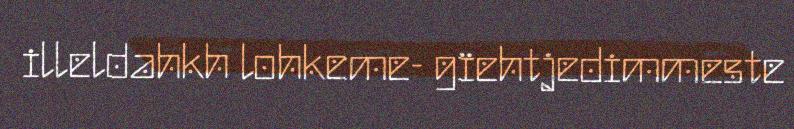
illeldahkh lohkeme- gïehtjedimmeste